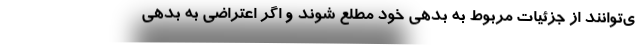
ی‌توانند از جزئیات مربوط به بدهی خود مطلع شوند و اگر اعتراضی به بدهی